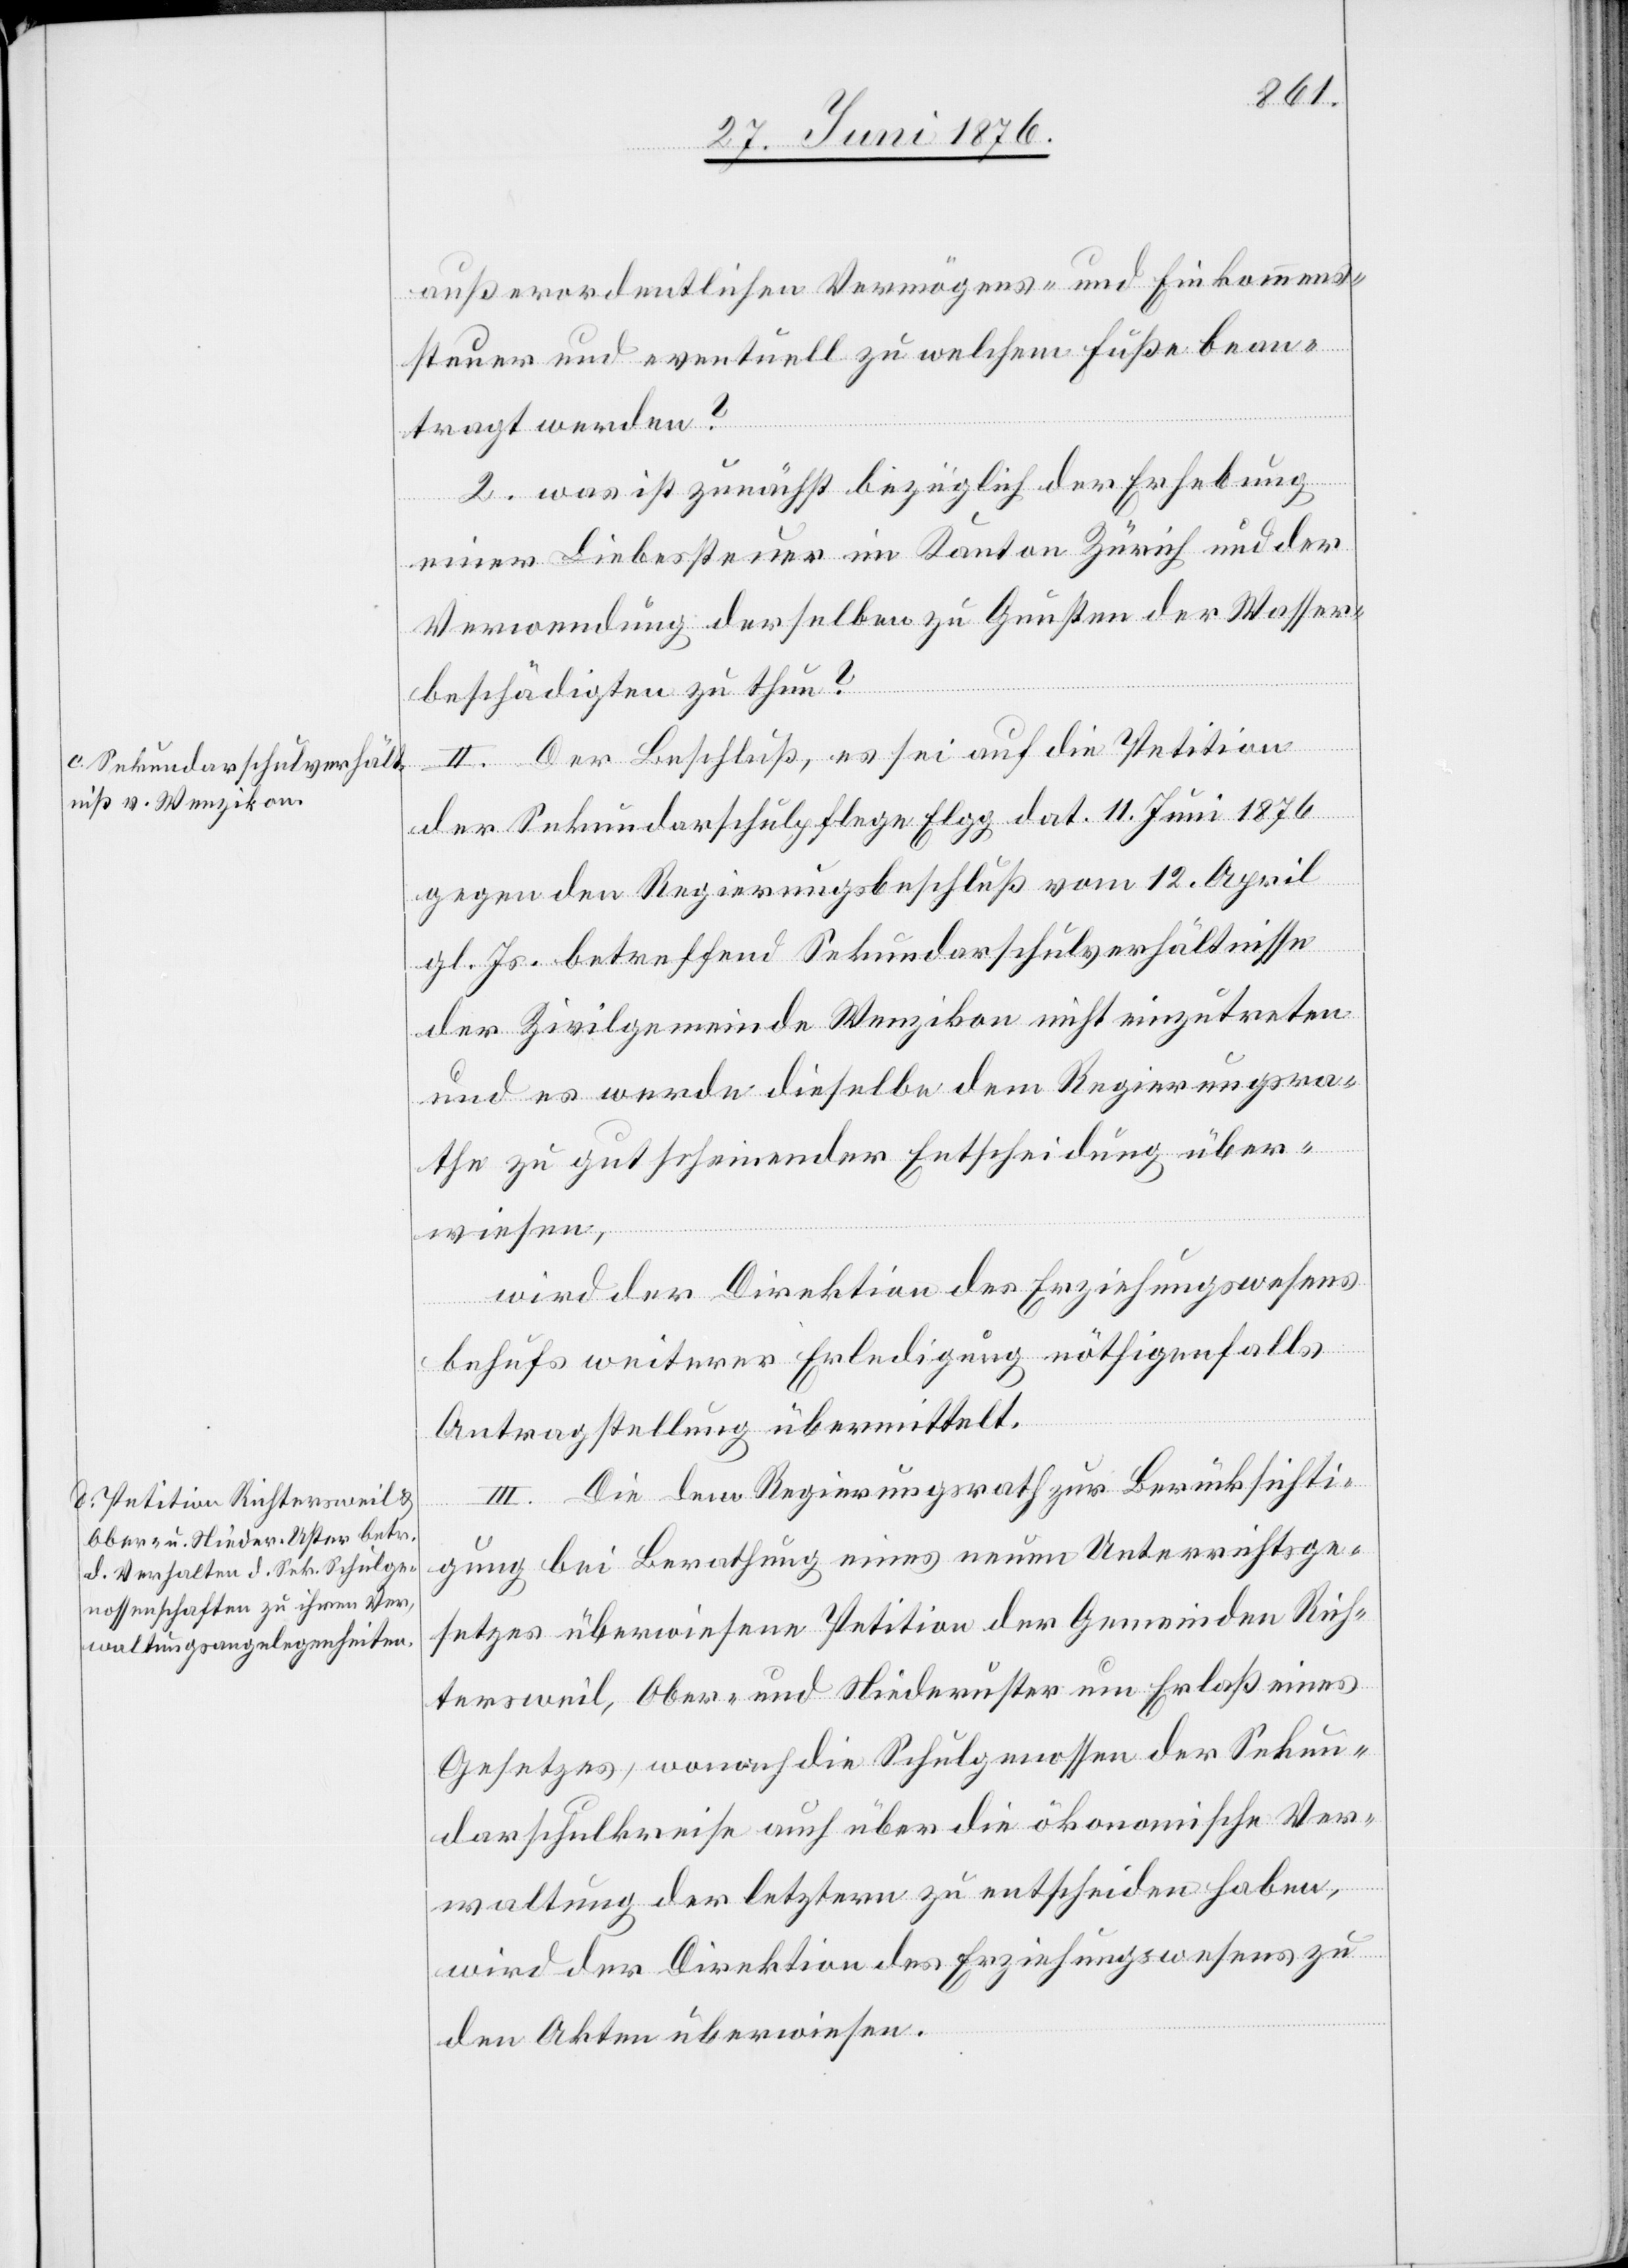
außerordentlichen Vermögens- und Einkommens¬
steuer und eventuell zu welchem Fuße bean¬
tragt werden?
2. was ist zunächst bezüglich der Erhebung
einer Liebessteuer im Kanton Zürich und der
Verwendung derselben zu Gunsten der Wasser¬
beschädigten zu thun?
II. Der Beschluß, es sei auf die Petition
der Sekundarschulpflege Elgg dat. 11. Juni 1876
gegen den Regierungsbeschluß vom 12. April
gl. Js. betreffend Sekundarschulverhältnisse
der Zivilgemeinde Wenzikon nicht einzutreten
und es werde dieselbe dem Regierungsra¬
the zu gutscheinender Entscheidung über¬
wiesen,
wird der Direktion des Erziehungswesens
behufs weiterer Erledigung nöthigenfalls
Antragstellung übermittelt.
III. Die dem Regierungsrath zur Berücksichti¬
gung bei Berathung eines neuen Unterrichtsge¬
setzes überwiesene Petition der Gemeinden Rich¬
tersweil, Ober- und Niederuster um Erlaß eines
Gesetzes, wonach die Schulgenossen der Sekun¬
darschulkreise auch über die ökonomische Ver¬
waltung der letztern zu entscheiden haben,
wird der Direktion des Erziehungswesens zu
den Akten überwiesen.